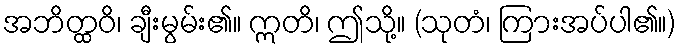
အဘိတ္ထဝိ၊ ချီးမွမ်း၏။ ဣတိ၊ ဤသို့။ (သုတံ၊ ကြားအပ်ပါ၏။)